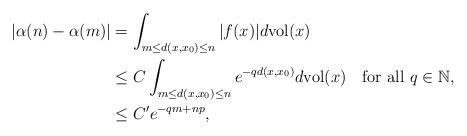
LaTeX: \begin{align*}|\alpha(n)-\alpha(m)|&=\int_{m\leq d(x,x_{0})\leq n}|f(x)|d{\rm vol}(x)\\&\leq C \int_{m\leq d(x,x_{0})\leq n}e^{-qd(x,x_{0})}d{\rm vol}(x)\quad\mbox{for all}~q\in\mathbb{N},\\&\leq C' e^{-qm+np},\end{align*}